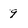
Character: 9